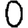
Digit: 0